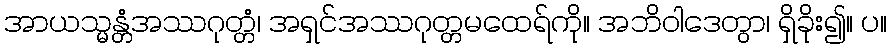
အာယသ္မန္တံအဿဂုတ္တံ၊ အရှင်အဿဂုတ္တမထေရ်ကို။ အဘိဝါဒေတွာ၊ ရှိခိုး၍။ ပ။